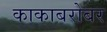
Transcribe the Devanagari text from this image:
काकाबरोबर